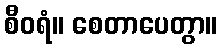
စီဝရံ။ စေတာပေတွာ။